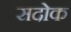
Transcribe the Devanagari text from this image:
सदोक